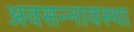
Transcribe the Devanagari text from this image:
अवसन्नावस्था